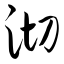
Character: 沏